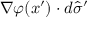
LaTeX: \nabla \varphi ( x ^ { \prime } ) \cdot d { \widehat { \sigma } } ^ { \prime }